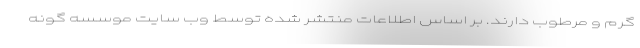
گرم و مرطوب دارند. بر اساس اطلاعات منتشر شده توسط وب سایت موسسه گونه